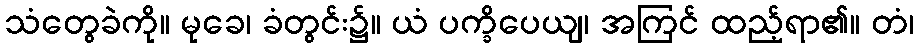
သံတွေခဲကို။ မုခေ၊ ခံတွင်း၌။ ယံ ပက္ခိပေယျ၊ အကြင် ထည့်ရာ၏။ တံ၊